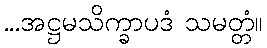
...အဋ္ဌမသိက္ခာပဒံ သမတ္တံ။